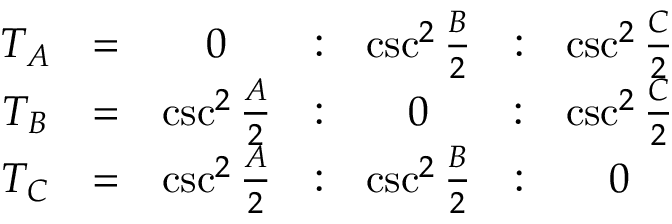
{ \begin{array} { c c c c c c c } { T _ { A } } & { = } & { 0 } & { : } & { \csc ^ { 2 } { \frac { B } { 2 } } } & { : } & { \csc ^ { 2 } { \frac { C } { 2 } } } \\ { T _ { B } } & { = } & { \csc ^ { 2 } { \frac { A } { 2 } } } & { : } & { 0 } & { : } & { \csc ^ { 2 } { \frac { C } { 2 } } } \\ { T _ { C } } & { = } & { \csc ^ { 2 } { \frac { A } { 2 } } } & { : } & { \csc ^ { 2 } { \frac { B } { 2 } } } & { : } & { 0 } \end{array} }